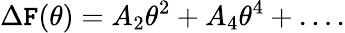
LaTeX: \Delta\mathtt{F}(\theta)=A_{2}\theta^{2}+A_{4}\theta^{4}+\ldots.